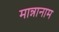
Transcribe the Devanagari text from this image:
मान्नानाम